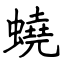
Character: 蟯